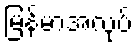
မြန်မာအလုပ်